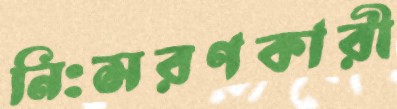
নিঃসরণকারী